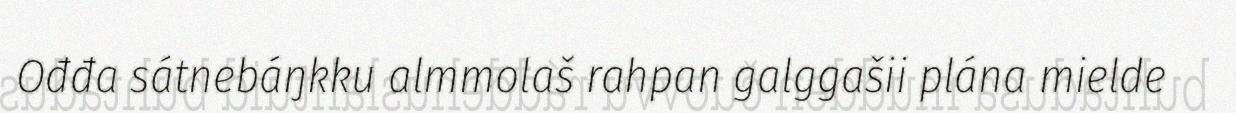
Ođđa sátnebáŋkku almmolaš rahpan galggašii plána mielde